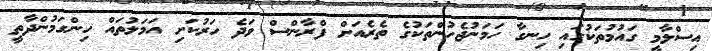
އިސްލާމީ ގައުމުތަކުގައި ހިނގާ ހަމަނުޖެހުންތަކުގެ ތެރެއަށް ފްރާންސް ވަދެ ހަރުކަށި އަމަލުތައް ހިންގަމުންދާތީ